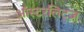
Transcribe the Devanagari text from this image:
ऑस्टरलिट्ज़